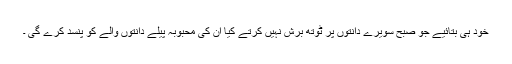
خود ہی بتائیے جو صبح سویرے دانتوں پر ٹوتھ برش نہیں کرتے کیا ان کی محبوبہ پیلے دانتوں والے کو پنسد کرے گی ۔